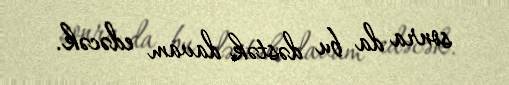
sonra da bu dəstək davam edəcək.